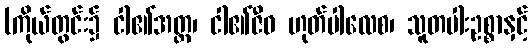
(ကိုယ်တွင်း၌ ငါ၏အတ္တ၊ ငါ၏ဇီဝ ဟုတ်ပါလေစ၊ သူတပါးဥစ္စာနှင့်